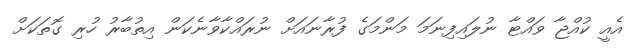
އެއީ ކުއްޖާ ވައްޓާ ނުލައިފިނަމަ މަންމަގެ ފުރާނައަށް ނުރައްކާވާނެކަން އިތުބާރު ހުރި ގޮތަކަށް